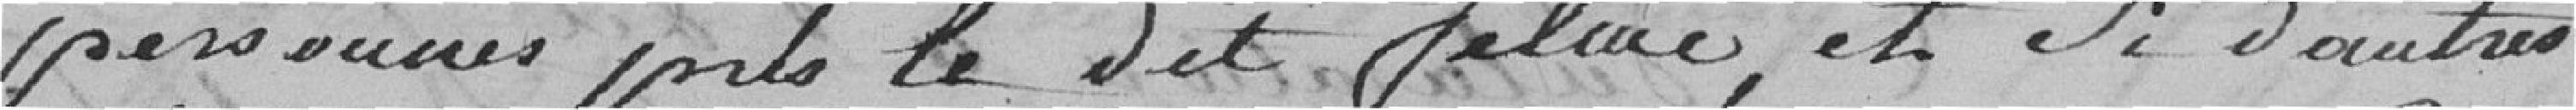
personnes p le dit Felmé, et si d'autres